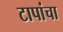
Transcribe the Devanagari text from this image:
टापांचा